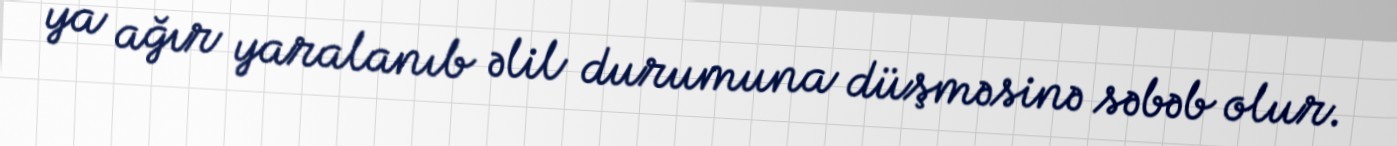
ya ağır yaralanıb əlil durumuna düşməsinə səbəb olur.